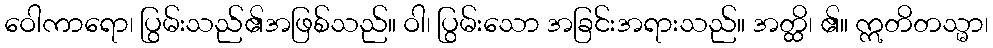
ဝေါကာရော၊ ပြွမ်းသည်၏အဖြစ်သည်။ ဝါ၊ ပြွမ်းသော အခြင်းအရားသည်။ အတ္ထိ၊ ၏။ ဣတိတသ္မာ၊